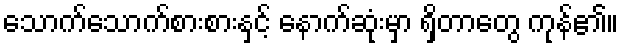
သောက်သောက်စားစားနှင့် နောက်ဆုံးမှာ ရှိတာတွေ ကုန်၏။